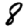
Digit: 8